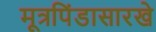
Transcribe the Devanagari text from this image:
मूत्रपिंडासारखे